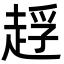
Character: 䞯